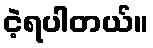
ငဲ့ရပါတယ်။